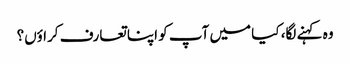
وہ کہنے لگا، کیا میں آپ کو اپنا تعارف کراؤں؟